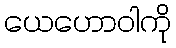
ယေဟောဝါကို